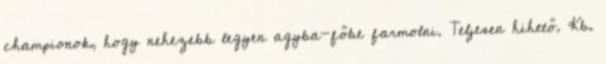
championok, hogy nehezebb legyen agyba-főbe farmolni. Teljesen hihető. Kb.